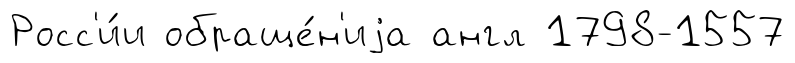
Росс'и́и обраще́н'иjа англ 1798-1557